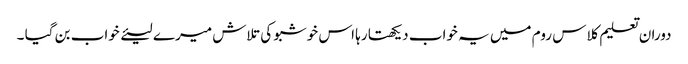
دوران تعلیم کلاس روم میں یہ خواب دیکھتا رہا اس خوشبو کی تلاش میرے لیئے خواب بن گیا ۔